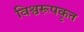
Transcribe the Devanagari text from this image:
विश्वरूपकृत